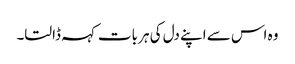
وہ اس سے اپنے دل کی ہر بات کہہ ڈالتا۔